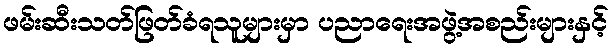
ဖမ်းဆီးသတ်ဖြတ်ခံရသူများမှာ ပညာရေးအဖွဲ့အစည်းများနှင့်